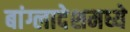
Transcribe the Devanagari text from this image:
बांग्लादेशमध्ये